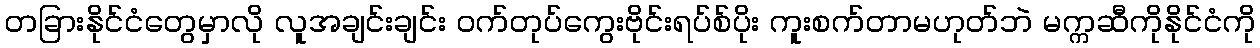
တခြားနိုင်ငံတွေမှာလို လူအချင်းချင်း ဝက်တုပ်ကွေးဗိုင်းရပ်စ်ပိုး ကူးစက်တာမဟုတ်ဘဲ မက္ကဆီကိုနိုင်ငံကို